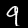
Digit: 9